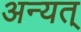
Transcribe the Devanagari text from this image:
अन्यत्